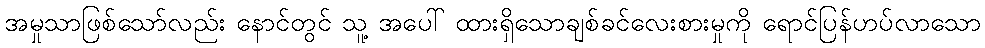
အမှုသာဖြစ်သော်လည်း နောင်တွင် သူ့ အပေါ် ထားရှိသောချစ်ခင်လေးစားမှုကို ရောင်ပြန်ဟပ်လာသော